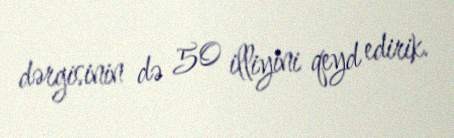
dərgisinin də 50 illiyini qeyd edirik.